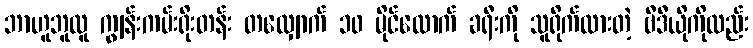
ဘာဟူဘူလူ ကျွန်းကမ်းရိုးတန်း တလျှောက် ၁၀ မိုင်လောက် ခရီးကို သူရိုက်ထားတဲ့ ဗီဒီယိုကိုလည်း